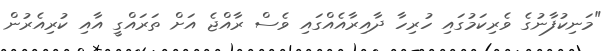
"މަނިކުފާނުގެ ވެރިކަމުގައި ހުރިހާ ދާއިރާއެއްގައި ވެސް ރާއްޖެ އަށް ތަރައްގީ އާއި ކުރިއެރުން